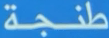
طَنجة